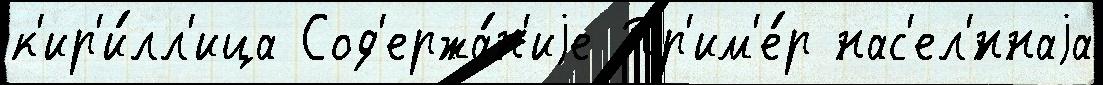
к'ир'и́лл'ица Сод'ержа́н'иjе Пр'им'е́р нас'ел'́ннаjа